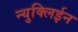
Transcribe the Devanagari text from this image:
न्युक्लिईन